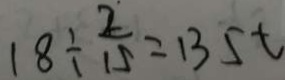
1 8 \div \frac { 2 } { 1 5 } = 1 3 5 t